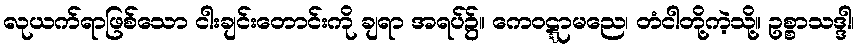
လုယက်ရာဖြစ်သော ငါးချင်းတောင်းကို ချရာ အရပ်၌။ ကေဝဋ္ဋာမညေ၊ တံငါတို့ကဲ့သို့။ ဥစ္စာသဒ္ဒါ၊